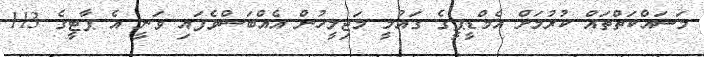
މަސައްކަތްތައް ކުރުމަށް އެމްޑީޕީގެ ގައުމީ މަޖިލީހުން އެއްބަސްވެފައި ވަނީ އެ ޕާޓީގެ 113